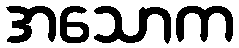
အသောက